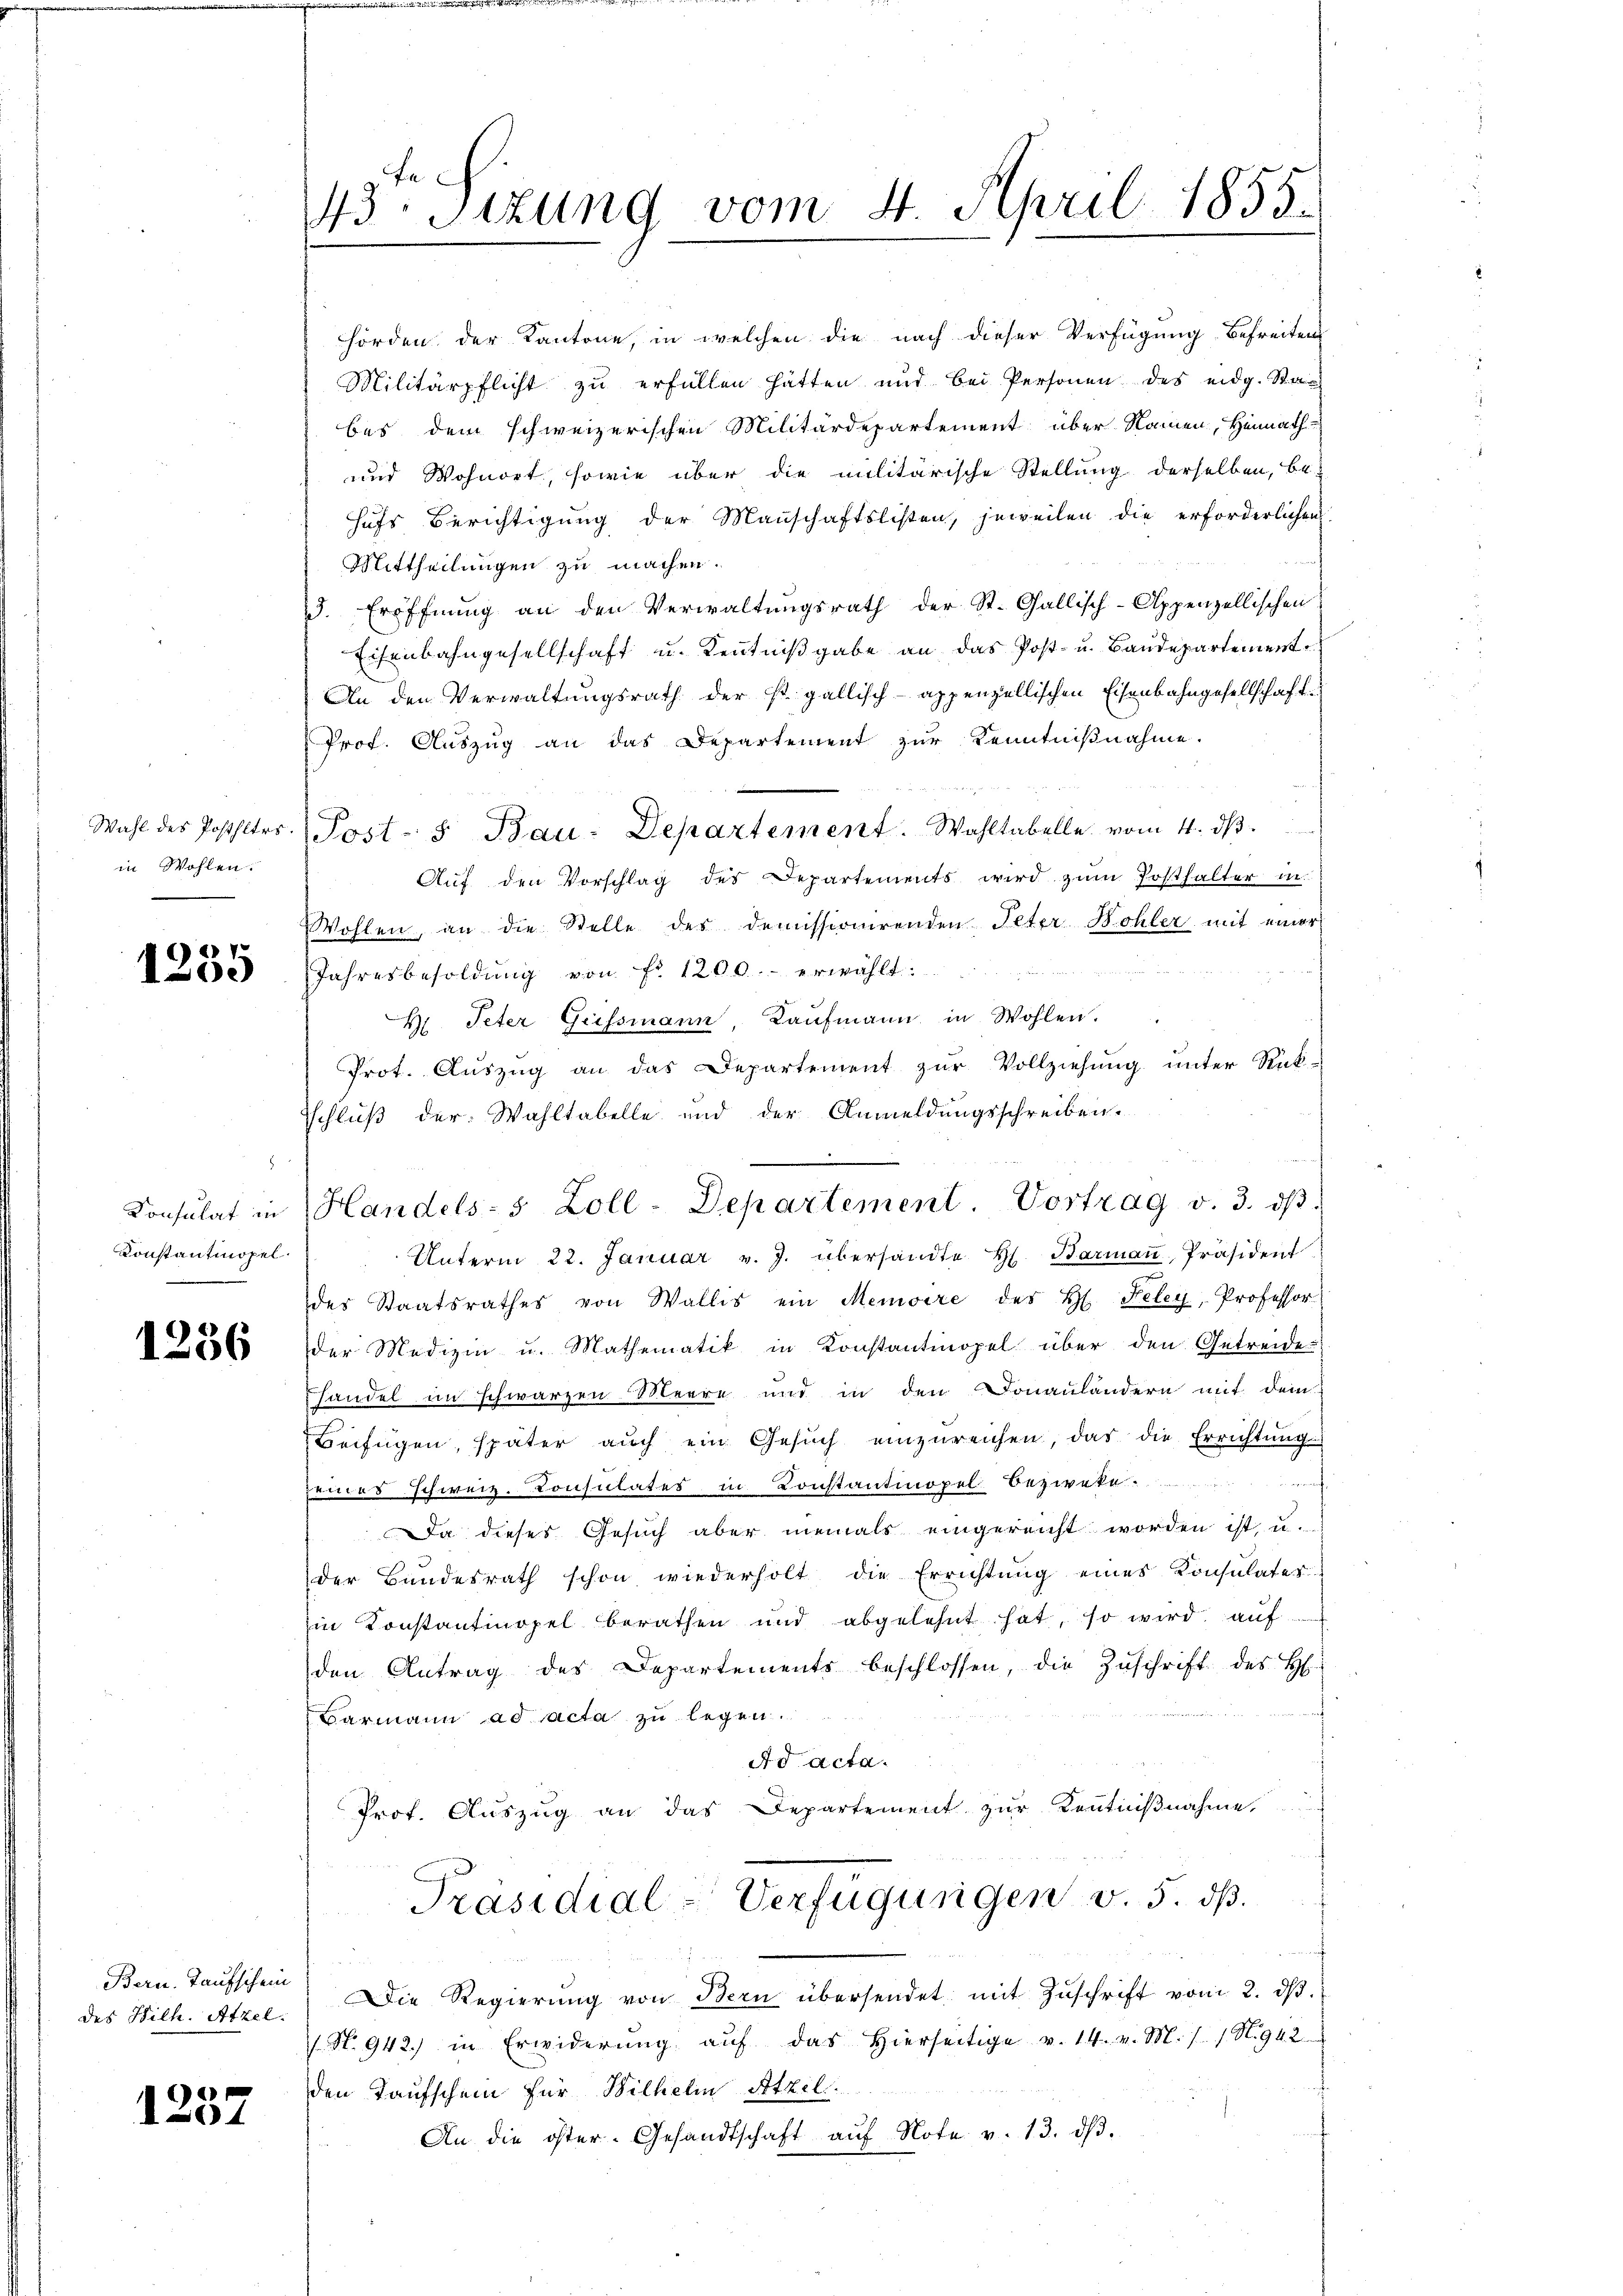
in Wohlen.

1235

Konstantinopel.

1236

Bern. Taufschein

1257

43ten Sizung vom 4. April 1855.

hörden der Kantone, in welchen die nach dieser Verfügung befreiten
Militärpflicht zu erfüllen hätten und bei Personen des eidg. Sta
bes dem schweizerischen Militärdepartement über Namen, Heimath
und Wohnort, sowie über die militärische Stellung derselben, be-
hufs Berichtigung der Manschaftslisten, jeweilen die erforderlichen
Mittheilungen zu machen.
5. Eröffnŭng an den Verwaltŭngsrath der St. Gallisch-Appenzellischen
Eisenbahngesellschaft u. Kenntniβgabe an das Post- u. Baŭdepartement
An den Verwaltungsrath der st. gallisch-appenzellischen Eisenbahngesellschaft
Prof. Auszug an das Departement zur Kenntnißnahme.
Auf den Vorschlag des Departements wird zŭm Posthalter in
Wohlen, an die Stelle des Demissionirenden Peter Bohler mit einer
h
Jahresbesoldŭng von Fr. 1200.- erwählt:
M. Peter Geissmann, Kaufmann in Wohlen.
Prot. Aŭszŭg an das Departement zŭr Vollziehung unter Rück-
Schluß der Wahltabelle und der Anmeldungsschreiben.
Unterm 22. Januar v. J. übersandte H. Barmaṅ, Präsident
des Staatsrathes von Wallis ein Memoire des H. Keley, Professor
der Medizin u. Mathematik in Konstantinopel über den Getreide
handel im schwarzen Meere und in den Donaulandern mit dem
Beifügen, später auch ein Gesŭch einzŭreichen, das die Errichtŭng
sperr
seines schweiz. Konsulater in Konstantinopel bezweke
Da dieses Gesuch aber niemals eingereicht worden ist, u.
der Bundesrath schon wiederholt die Errichtung eines Konsulates
Ein Konstantinopel berathen und abgelehnt hat, so wird auf
den Antrag des Departements beschlossen, die Zŭschrift des H
Barmann ad acta zu legen.
Ad acta.
Prof. Auszug an das Departement zur Kenntnißnahme,
Präsidial-Verfügungen v. 5. ds.
des Wilh. Atzel. Die Regierŭng von Bern übersendet mit Zŭschrift vom 2. dβ.
N. 942.) in Erwiderung aŭf das hierseitige v. 14. v. M. /. / N.942.
den Taufschein für Wilhelm Attili.
An die öster- Gesandtschaft aŭf Note v. 13. dβ.

Wahl des Postheter. Post- u Bau-Departement. Wahltabelle vom 4. dβ.

.
Consulat in Handels- 5 Zoll-Departement. Vortrag v. 3. dβ.